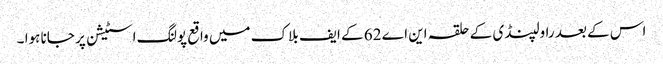
اس کے بعد راولپنڈی کے حلقہ این اے 62 کے ایف بلاک میں واقع پولنگ اسٹیشن پر جانا ہوا ۔